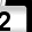
Digit: 2